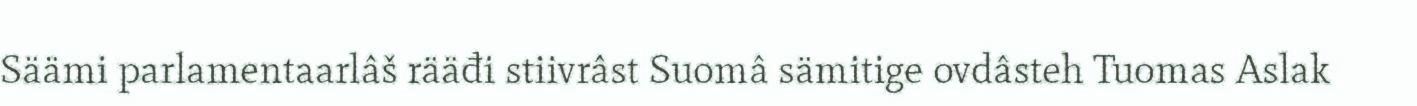
Säämi parlamentaarlâš rääđi stiivrâst Suomâ sämitige ovdâsteh Tuomas Aslak